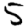
Digit: 5